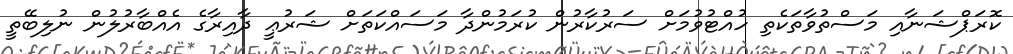
ކޮރަޕްޝަނާއި މަސްތުވާތަކެތި ހުއްޓުވުމަށް ސަރުކާރުން ކުރަމުންދާ މަސައްކަތަށް ޝަރުޢީ ދާއިރާގެ އެއްބާރުލުން ނުލިބޭތީ